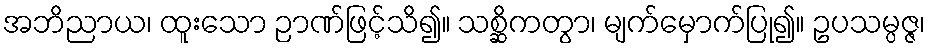
အဘိညာယ၊ ထူးသော ဉာဏ်ဖြင့်သိ၍။ သစ္ဆိကတွာ၊ မျက်မှောက်ပြု၍။ ဥပသမ္ပဇ္ဇ၊